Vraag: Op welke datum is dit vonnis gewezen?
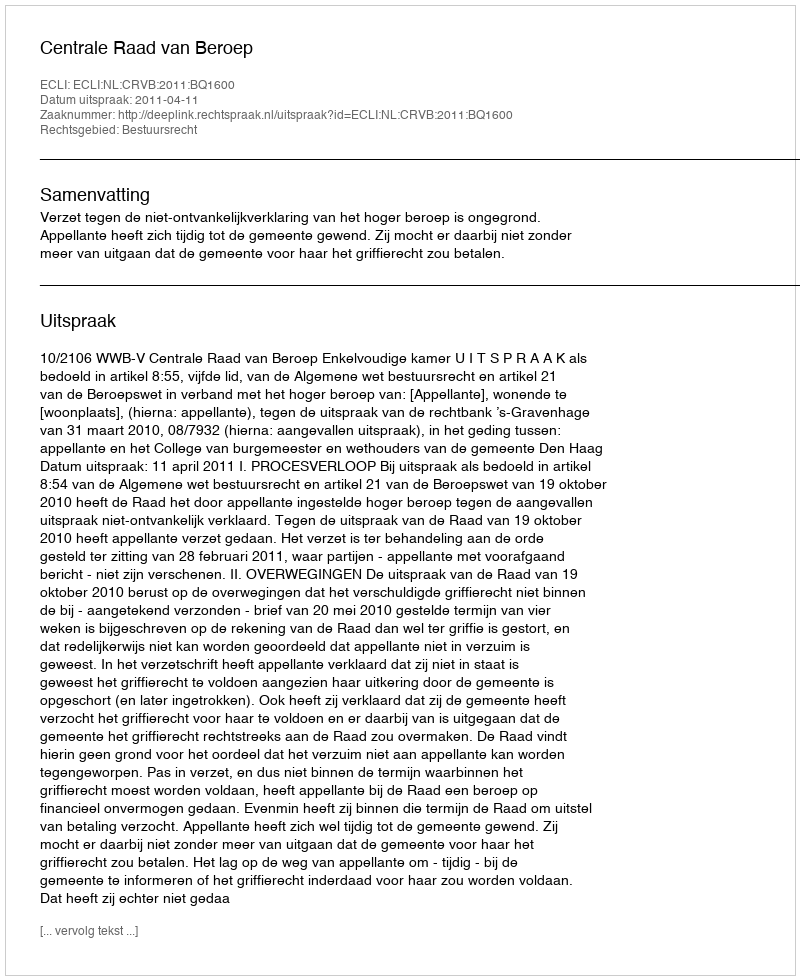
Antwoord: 2011-04-11